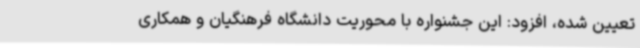
تعیین شده، افزود: این جشنواره با محوریت دانشگاه فرهنگیان و همکاری